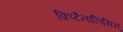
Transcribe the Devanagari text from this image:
क्रिप्टैनालिसिस्